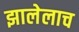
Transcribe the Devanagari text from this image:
झालेलाच